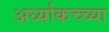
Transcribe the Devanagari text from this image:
अर्ध्याकच्च्या